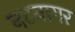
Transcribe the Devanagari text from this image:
नटनागर